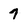
Character: 7